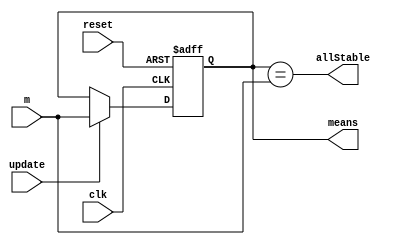
module mean_file#(parameter K=16)(input clk , reset,update,input[(K)*24-1:0] m,output reg[(K)*24-1:0] means,output allStable);

//reg [K*24-1:0] means;
assign mo = means;
assign allStable = means == m;

always @(posedge clk,posedge reset) begin
    if(reset) begin 
        means <=  {K{1'b0}}; 
    end 

    else if(update) begin
        means <= m;
    end
end

endmodule